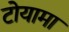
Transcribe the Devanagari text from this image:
टोयामा